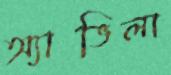
অ্যাভিলা